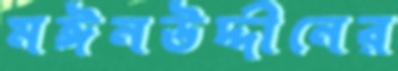
মঈনউদ্দীনের